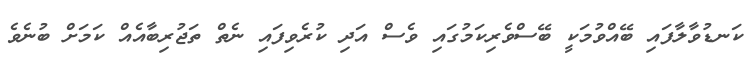
ކަނޑުވާލާފައި ބޭއްވުމަކީ ބޭސްވެރިކަމުގައި ވެސް އަދި ކުރެވިފައި ނެތް ތަޖުރިބާއެއް ކަމަށް ބުނެވެ